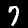
Digit: 7